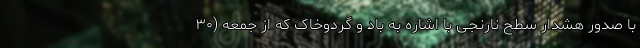
با صدور هشدار سطح نارنجی با اشاره به باد و گردوخاک که از جمعه (۳۰